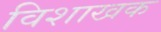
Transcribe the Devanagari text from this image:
विशाखक